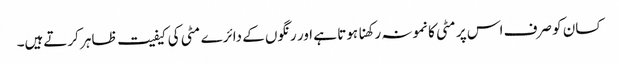
کسان کو صرف اس پر مٹی کا نمونہ رکھنا ہوتا ہے اور رنگوں کے دائرے مٹی کی کیفیت ظاہر کرتےہیں۔